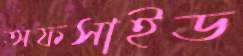
অফসাইড